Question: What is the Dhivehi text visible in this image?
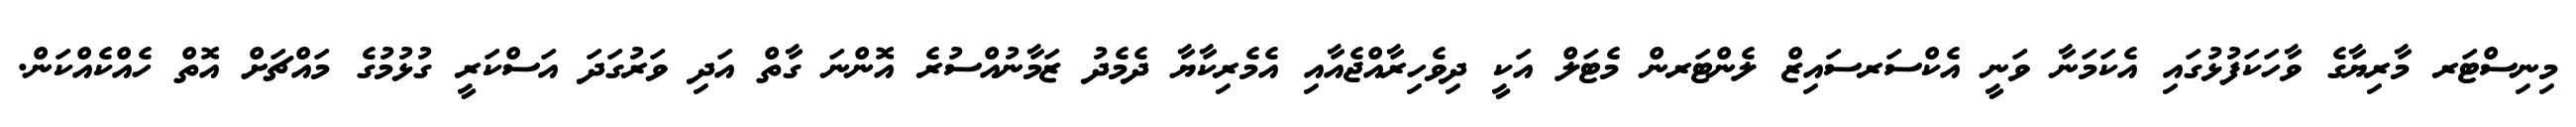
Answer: މިނިސްޓަރ މާރިޔާގެ ވާހަކަފުޅުގައި އެކަމަނާ ވަނީ އެކްސަރސައިޒް ލެންޓަރން މެޓަލް އަކީ ދިވެހިރާއްޖެއާއި އެމެރިކާޔާ ދެމެދު ޒަމާނުއްސުރެ އޮންނަ ގާތް އަދި ވަރުގަދަ އަސްކަރީ ގުޅުމުގެ މައްޗަށް އޮތް ހެއްކެއްކަން.